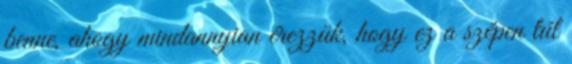
benne, ahogy mindannyian érezzük, hogy ez a szépen túl